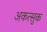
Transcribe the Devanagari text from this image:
अकत्सुक